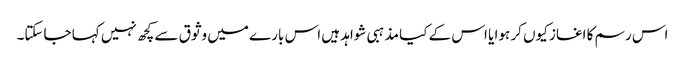
اس رسم کا اغاز کیوں کر ہوا یا اس کے کیا مذہبی شواہد ہیں اس بارے میں وثوق سے کچھ نہیں کہا جاسکتا۔